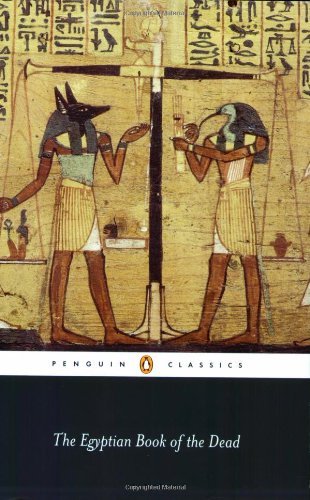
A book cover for The Egyptian Book of the Dead (Penguin Classics) [Paperback] [2008] (Author) Wallace Budge, John Romer; Religion & Spirituality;